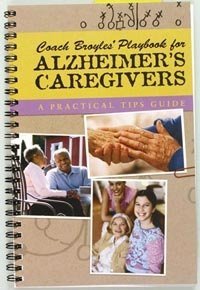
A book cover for Coach Broyles' Playbook for Alzheimer's Caregivers: A Practical Tips Guide; Frank Broyles; Health, Fitness & Dieting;